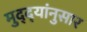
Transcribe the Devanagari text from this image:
मुद्‌द्‌यांनुसार